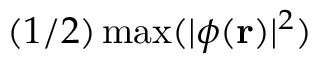
( 1 / 2 ) \operatorname* { m a x } ( | \phi ( \mathbf { r } ) | ^ { 2 } )